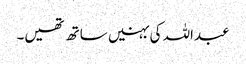
عبداللہ کی بہنیں ساتھ تھیں۔